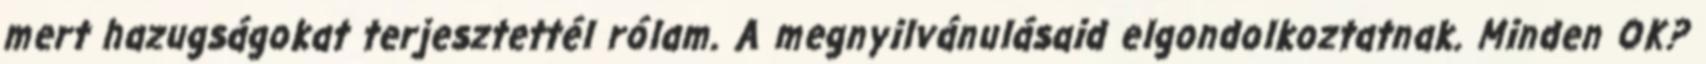
mert hazugságokat terjesztettél rólam. A megnyilvánulásaid elgondolkoztatnak. Minden OK?